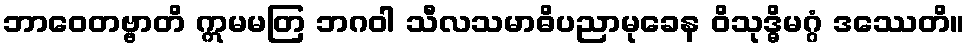
ဘာဝေတဗ္ဗာတိ ဣမမတြ ဘဂဝါ သီလသမာဓိပညာမုခေန ဝိသုဒ္ဓိမဂ္ဂံ ဒဿေတိ။